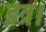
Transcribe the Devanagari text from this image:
इत्र।